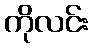
ကိုလင်း